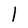
Character: 1